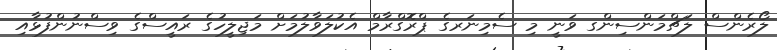
ލޯރެންސް ލަޗްމަންސިންގ ވަނީ މި ސެމިނަރގެ ޕްރޮގްރާމް އެކުލަވާލުމަށް މަޖިލީހުގެ ރައީސްގެ ވިސްނުންފުޅާއި